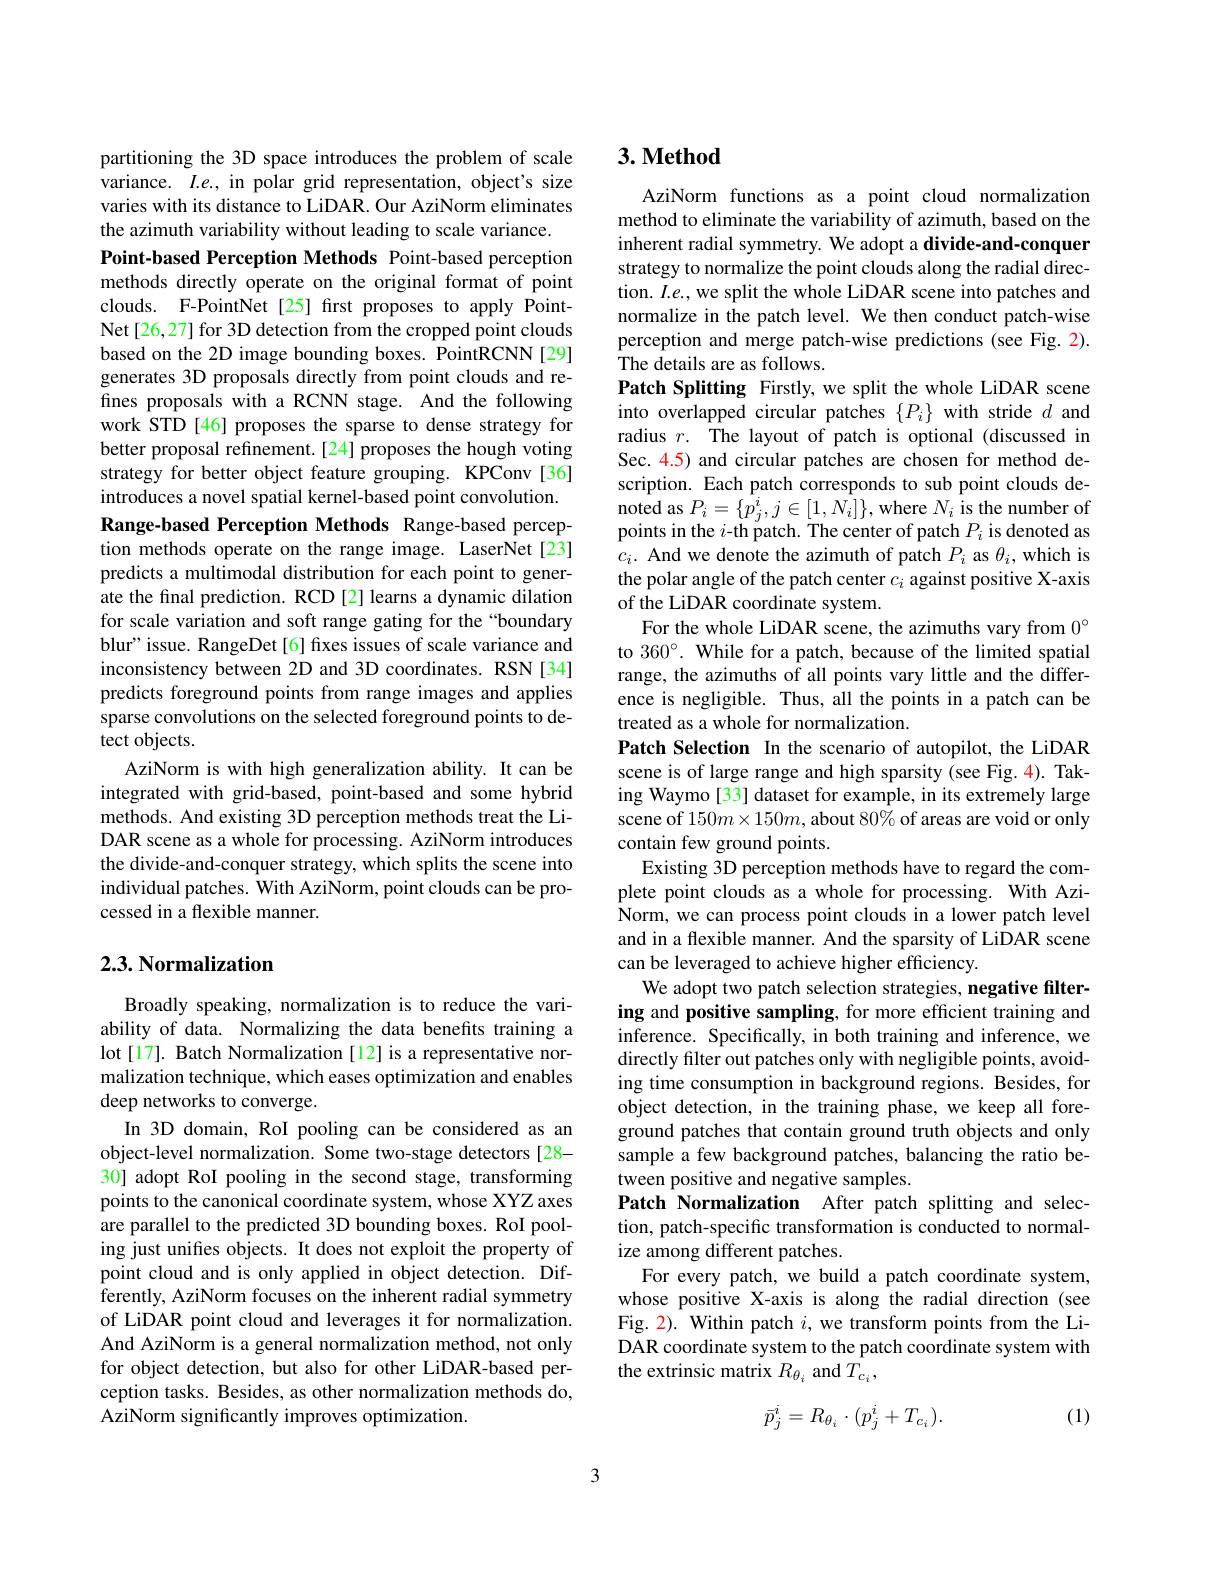
partitioning the 3D space introduces the problem of scale variance. $I.e.$, in polar grid representation, object's size varies with its distance to LiDAR. Our AziNorm eliminates the azimuth variability without leading to scale variance.
Point-based Perception Methods Point-based perception methods directly operate on the original format of point clouds. F-PointNet[25] first proposes to apply PointNet[26,27] for 3D detection from the cropped point clouds based on the 2D image bounding boxes. PointRCNN[29] generates 3D proposals directly from point clouds and refines proposals with a RCNN stage. And the following work STD[46] proposes the sparse to dense strategy for better proposal refinement.[24] proposes the hough voting strategy for better object feature grouping. KPConv[36] introduces a novel spatial kernel-based point convolution. Range-based Perception Methods Range-based perception methods operate on the range image. LaserNet[23] predicts a multimodal distribution for each point to generate the final prediction. RCD [2] learns a dynamic dilation for scale variation and soft range gating for the“boundary blur" issue. RangeDet[6] fixes issues of scale variance and inconsistency between 2D and 3D coordinates. RSN [34] predicts foreground points from range images and applies sparse convolutions on the selected foreground points to detect objects.
AziNorm is with high generalization ability. It can be integrated with grid-based, point-based and some hybrid methods. And existing 3D perception methods treat the LiDAR scene as a whole for processing. AziNorm introduces the divide-and-conquer strategy, which splits the scene into individual patches. With AziNorm, point clouds can be processed in a flexible manner.

# 2.3. Normalization

Broadly speaking, normalization is to reduce the variability of data. Normalizing the data benefits training a lot[17]. Batch Normalization [12] is a representative normalization technique, which eases optimization and enables deep networks to converge.
In 3D domain, RoI pooling can be considered as an object-level normalization. Some two-stage detectors[28- 30] adopt RoI pooling in the second stage, transforming points to the canonical coordinate system, whose XYZ axes are parallel to the predicted 3D bounding boxes. RoI pooling just unifes objects. It does not exploit the property of point cloud and is only applied in object detection. Differently, AziNorm focuses on the inherent radial symmetry of LiDAR point cloud and leverages it for normalization. And AziNorm is a general normalization method, not only for object detection, but also for other LiDAR-based perception tasks. Besides, as other normalization methods do, AziNorm significantly improves optimization.

## $3. \textbf{Method}$

AziNorm functions as a point cloud normalization method to eliminate the variability of azimuth, based on the inherent radial symmetry. We adopt a divide-and-conquer strategy to normalize the point clouds along the radial direction. $I.e.$, we split the whole LiDAR scene into patches and normalize in the patch level. We then conduct patch-wise perception and merge patch-wise predictions (see Fig. 2). The details are as follows.
Patch Splitting Firstly, we split the whole LiDAR scene into overlapped circular patches $\{P_i\}$ with stride $d$ and radius $r.$ The layout of patch is optional (discussed in Sec. 4.5) and circular patches are chosen for method description. Each patch corresponds to sub point clouds de- $\begin{array}{l}{\mathrm{noted~as~}P_{i}=\{p_{j}^{i},j\in[1,N_{i}]\},\mathrm{where~}N_{i}\mathrm{~is~the~number~of}}\\{\mathrm{points~in~the~}i\mathrm{-th~patch.~The~center~of~patch~}P_{i}\mathrm{~is~denoted~as}}\end{array}$ $c_i.$ And we denote the azimuth of patch $P_i$ as $\theta_i$,which is the polar angle of the patch center $c_i$ against positive X-axis of the LiDAR coordinate system.
For the whole LiDAR scene, the azimuths vary from $0^{\circ}$ to 360°. While for a patch, because of the limited spatial range, the azimuths of all points vary little and the difference is negligible. Thus, all the points in a patch can be treated as a whole for normalization.
Patch Selection In the scenario of autopilot, the LiDAR scene is of large range and high sparsity (see Fig. 4). Taking Waymo[33] dataset for example, in its extremely large scene of 150m×150m, about 80% of areas are void or only contain few ground points.
Existing 3D perception methods have to regard the complete point clouds as a whole for processing. With AziNorm, we can process point clouds in a lower patch level and in a flexible manner. And the sparsity of LiDAR scene can be leveraged to achieve higher efficiency.
We adopt two patch selection strategies, negative filtering and positive sampling, for more efficient training and inference. Specifically, in both training and inference, we directly filter out patches only with negligible points, avoiding time consumption in background regions. Besides, for object detection, in the training phase, we keep all foreground patches that contain ground truth objects and only sample a few background patches, balancing the ratio between positive and negative samples.
Patch Normalization After patch splitting and selection, patch-specific transformation is conducted to normalize among different patches.
For every patch, we build a patch coordinate system, whose positive X-axis is along the radial direction (see Fig. 2). Within patch $i$, we transform points from the LiDAR coordinate system to the patch coordinate system with the extrinsic matrix $R_{\theta_i}$ and $T_{c_i}$,
$$\bar{p}_{j}^{i}=R_{\theta_{i}}\cdot(p_{j}^{i}+T_{c_{i}}).$$
(1)

3